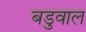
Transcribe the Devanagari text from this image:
बडुवाल